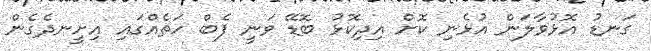
ގަނޑު އޮޅުވާލަން އުޅެނި ކޮށް އިދިކޮޅު ބޮޑޭ ވަނީ ފެބް ހަތެއްގައި އިށީނދެގެން